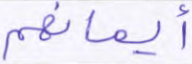
أيمانهم